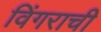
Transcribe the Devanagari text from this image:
विंगराची